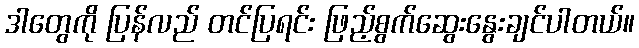
ဒါတွေကို ပြန်လည် တင်ပြရင်း ဖြည့်စွက်ဆွေးနွေးချင်ပါတယ်။